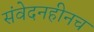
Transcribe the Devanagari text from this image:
संवेदनहीनच